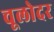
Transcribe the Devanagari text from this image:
चूलोदर